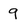
Character: 9